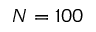
N = 1 0 0